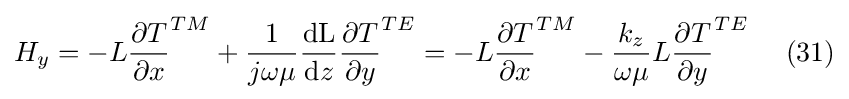
H_{y}=-L{\frac {\partial T}{\partial x}}^{TM}+{\frac {1}{j\omega \mu }}{\frac {\mathrm {dL} }{\mathrm {d} z}}{\frac {\partial T}{\partial y}}^{TE}=-L{\frac {\partial T}{\partial x}}^{TM}-{\frac {k_{z}}{\omega \mu }}L{\frac {\partial T}{\partial y}}^{TE}\ \ \ \ (31)